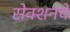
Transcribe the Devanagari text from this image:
सेक्शनचे